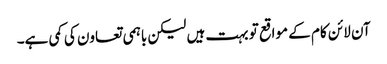
آن لائن کام کے مواقع تو بہت ہیں لیکن باہمی تعاون کی کمی ہے۔